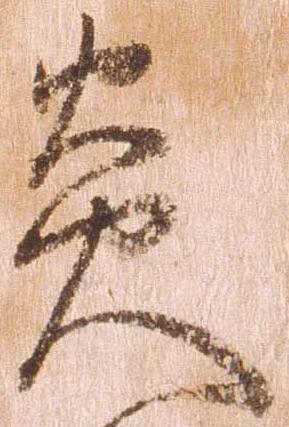
炎